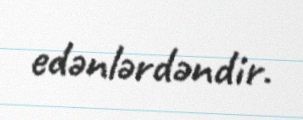
edənlərdəndir.